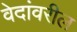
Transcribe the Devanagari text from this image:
वेदांवरील